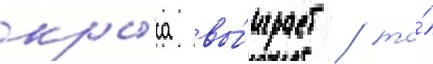
кры́са вы́играет / то́